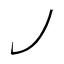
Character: ㇢